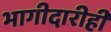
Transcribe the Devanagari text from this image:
भागीदारीही